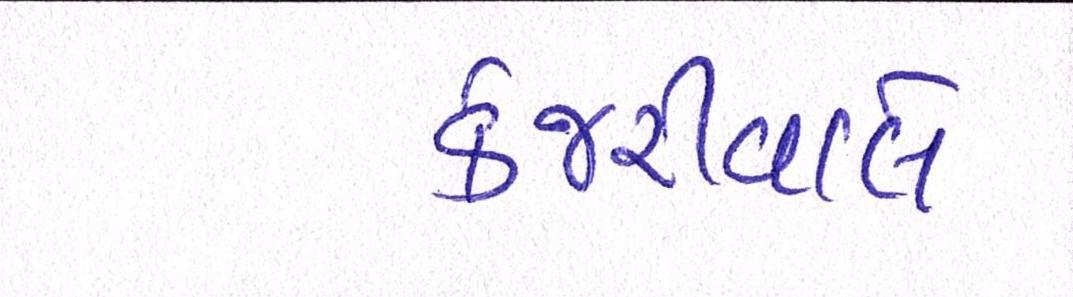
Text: કેજરીવાલે